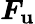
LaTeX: \boldsymbol{F_{\mathrm{u}}}